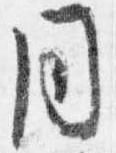
同